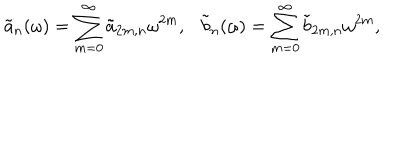
\tilde { a } _ { n } ( \omega ) = \sum _ { m = 0 } ^ { \infty } \tilde { a } _ { 2 m , n } \omega ^ { 2 m } , \tilde { b } _ { n } ( \omega ) = \sum _ { m = 0 } ^ { \infty } \tilde { b } _ { 2 m , n } \omega ^ { 2 m } ,